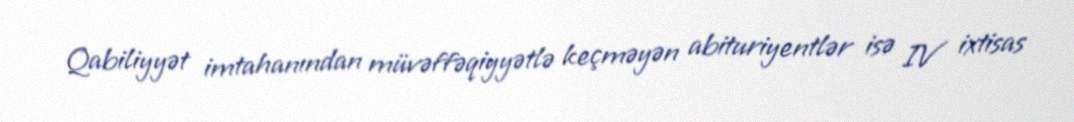
Qabiliyyət imtahanından müvəffəqiyyətlə keçməyən abituriyentlər isə IV ixtisas